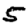
Digit: 5